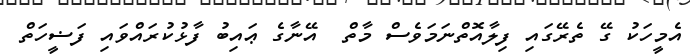
އެމީހަކު ގޭ ތެރޭގައި ފިލާއޮތްނަމަވެސް މާތް  އޭނާގެ ޢައިބު ފާޅުކުރައްވައި ފަޟީހަތް